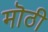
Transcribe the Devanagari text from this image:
मॊठी